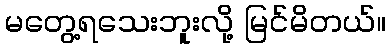
မတွေ့ရသေးဘူးလို့ မြင်မိတယ်။